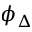
\phi _ { \Delta }